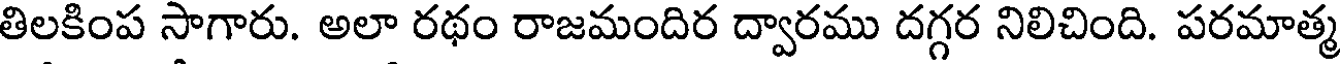
తిలకింప సాగారు. అలా రథం రాజమందిర ద్వారము దగ్గర నిలిచింది. పరమాత్మ